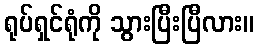
ရုပ်ရှင်ရုံကို သွားပြီးပြီလား။